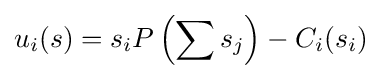
u_{i}(s)=s_{i}P\left(\sum s_{j}\right)-C_{i}(s_{i})